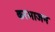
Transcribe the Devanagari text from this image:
करभाजन